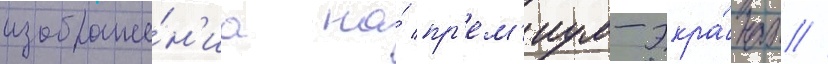
изображе́н'иа на́ пр'ем'иум-экра́нах //